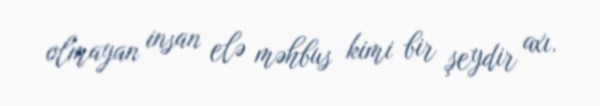
olmayan insan elə məhbus kimi bir şeydir axı.